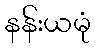
နန်းယမုံ